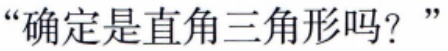
“确定是直角三角形吗？”